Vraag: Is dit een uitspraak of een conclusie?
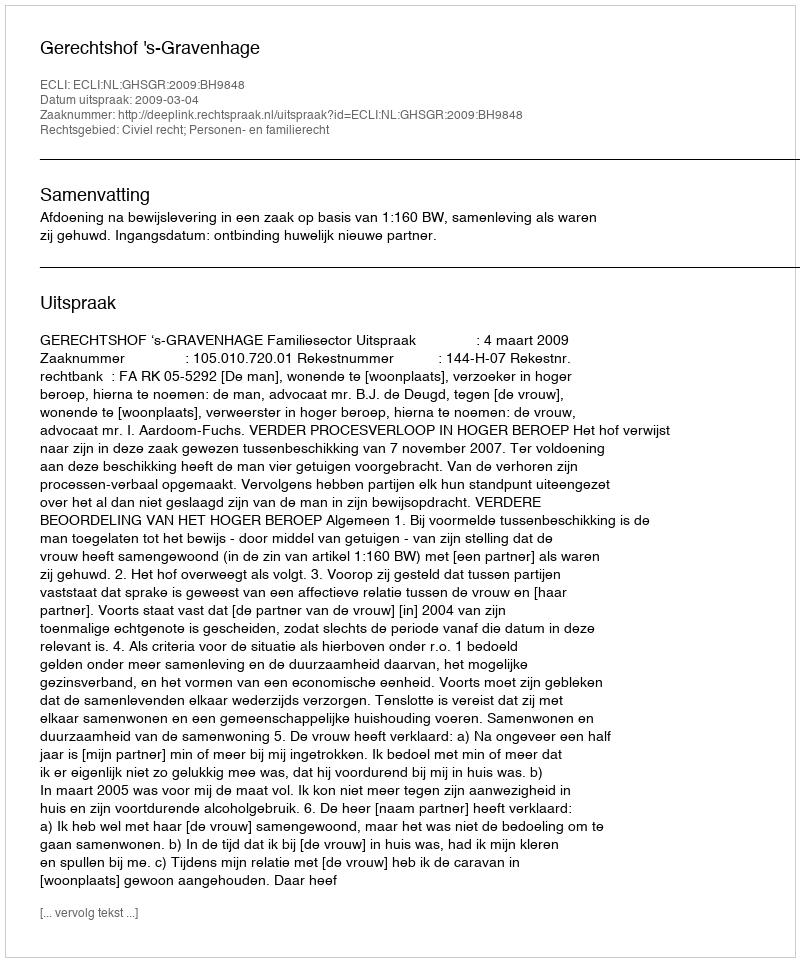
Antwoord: Uitspraak